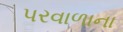
પરવાળાના